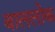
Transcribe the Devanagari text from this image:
बाललोक